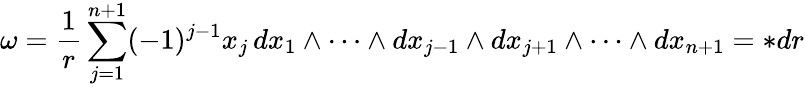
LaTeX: \omega={\frac{1}{r}}\sum_{j=1}^{n+1}(-1)^{j-1}x_{j}\, dx_{1}\wedge\cdots\wedge dx_{j-1}\wedge dx_{j+1}\wedge\cdots\wedge dx_{n+1}=*dr